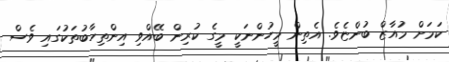
ކަމަށް މުއާޒް ބުންޏެވެ. އެތިން މީހުންނަކީ މީގެ ކުރިން ބޭއްވި އިންތިހާބުތަކުގައި ވެސް